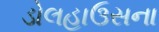
ડોલહાઉસના